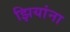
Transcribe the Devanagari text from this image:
झियांना